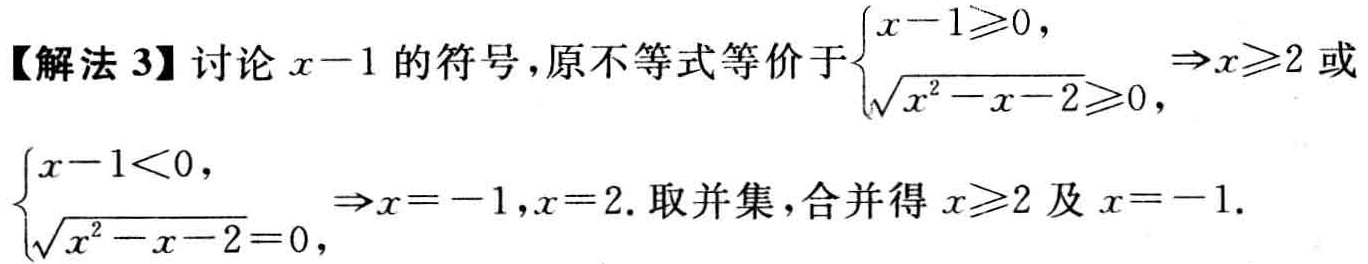
【解法 3】讨论 \(x - 1\) 的符号，原不等式等价于\(\begin{cases}x - 1\geqslant0,\\\sqrt{x^{2}-x - 2}\geqslant0,\end{cases}\Rightarrow x\geqslant2\) 或 \(\begin{cases}x - 1<0,\\\sqrt{x^{2}-x - 2}=0,\end{cases}\Rightarrow x = - 1,x = 2\). 取并集，合并得 \(x\geqslant2\) 及 \(x = - 1\).